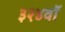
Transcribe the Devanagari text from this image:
३२४वॉ